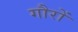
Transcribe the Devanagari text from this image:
गौरों